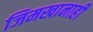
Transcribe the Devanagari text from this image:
जिमखानाही